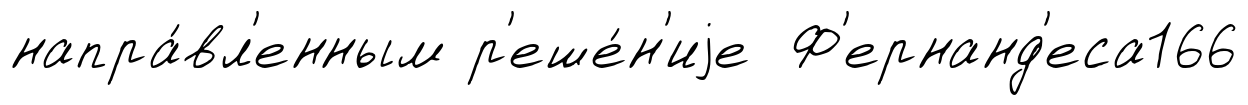
напра́вл'енным р'еше́н'иjе Ф'ернанд'еса166